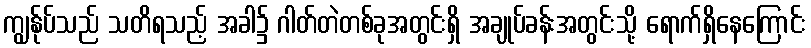
ကျွန်ုပ်သည် သတိရသည့် အခါ၌ ဂါတ်တဲတစ်ခုအတွင်းရှိ အချုပ်ခန်းအတွင်းသို့ ရောက်ရှိနေကြောင်း